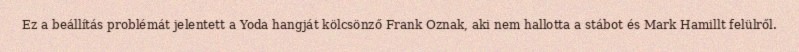
Ez a beállítás problémát jelentett a Yoda hangját kölcsönző Frank Oznak, aki nem hallotta a stábot és Mark Hamillt felülről.